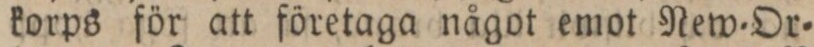
korps för att företaga något emot New=Or=